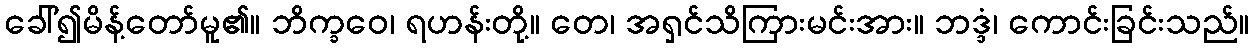
ခေါ်၍မိန့်တော်မူ၏။ ဘိက္ခဝေ၊ ရဟန်းတို့။ တေ၊ အရှင်သိကြားမင်းအား။ ဘဒ္ဒံ၊ ကောင်းခြင်းသည်။